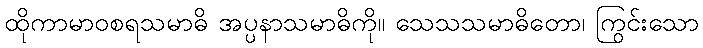
ထိုကာမာဝစရသမာဓိ အပ္ပနာသမာဓိကို။ သေသသမာဓိတော၊ ကြွင်းသော